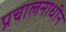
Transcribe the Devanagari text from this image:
प्रचालनाधीन